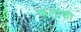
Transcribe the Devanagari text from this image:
कलांशी